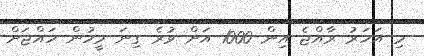
މި އަހަރު ރާއްޖެ އިން 1000 އަށް ވުރެ ގިނަ މީހުން ހައްޖަށް